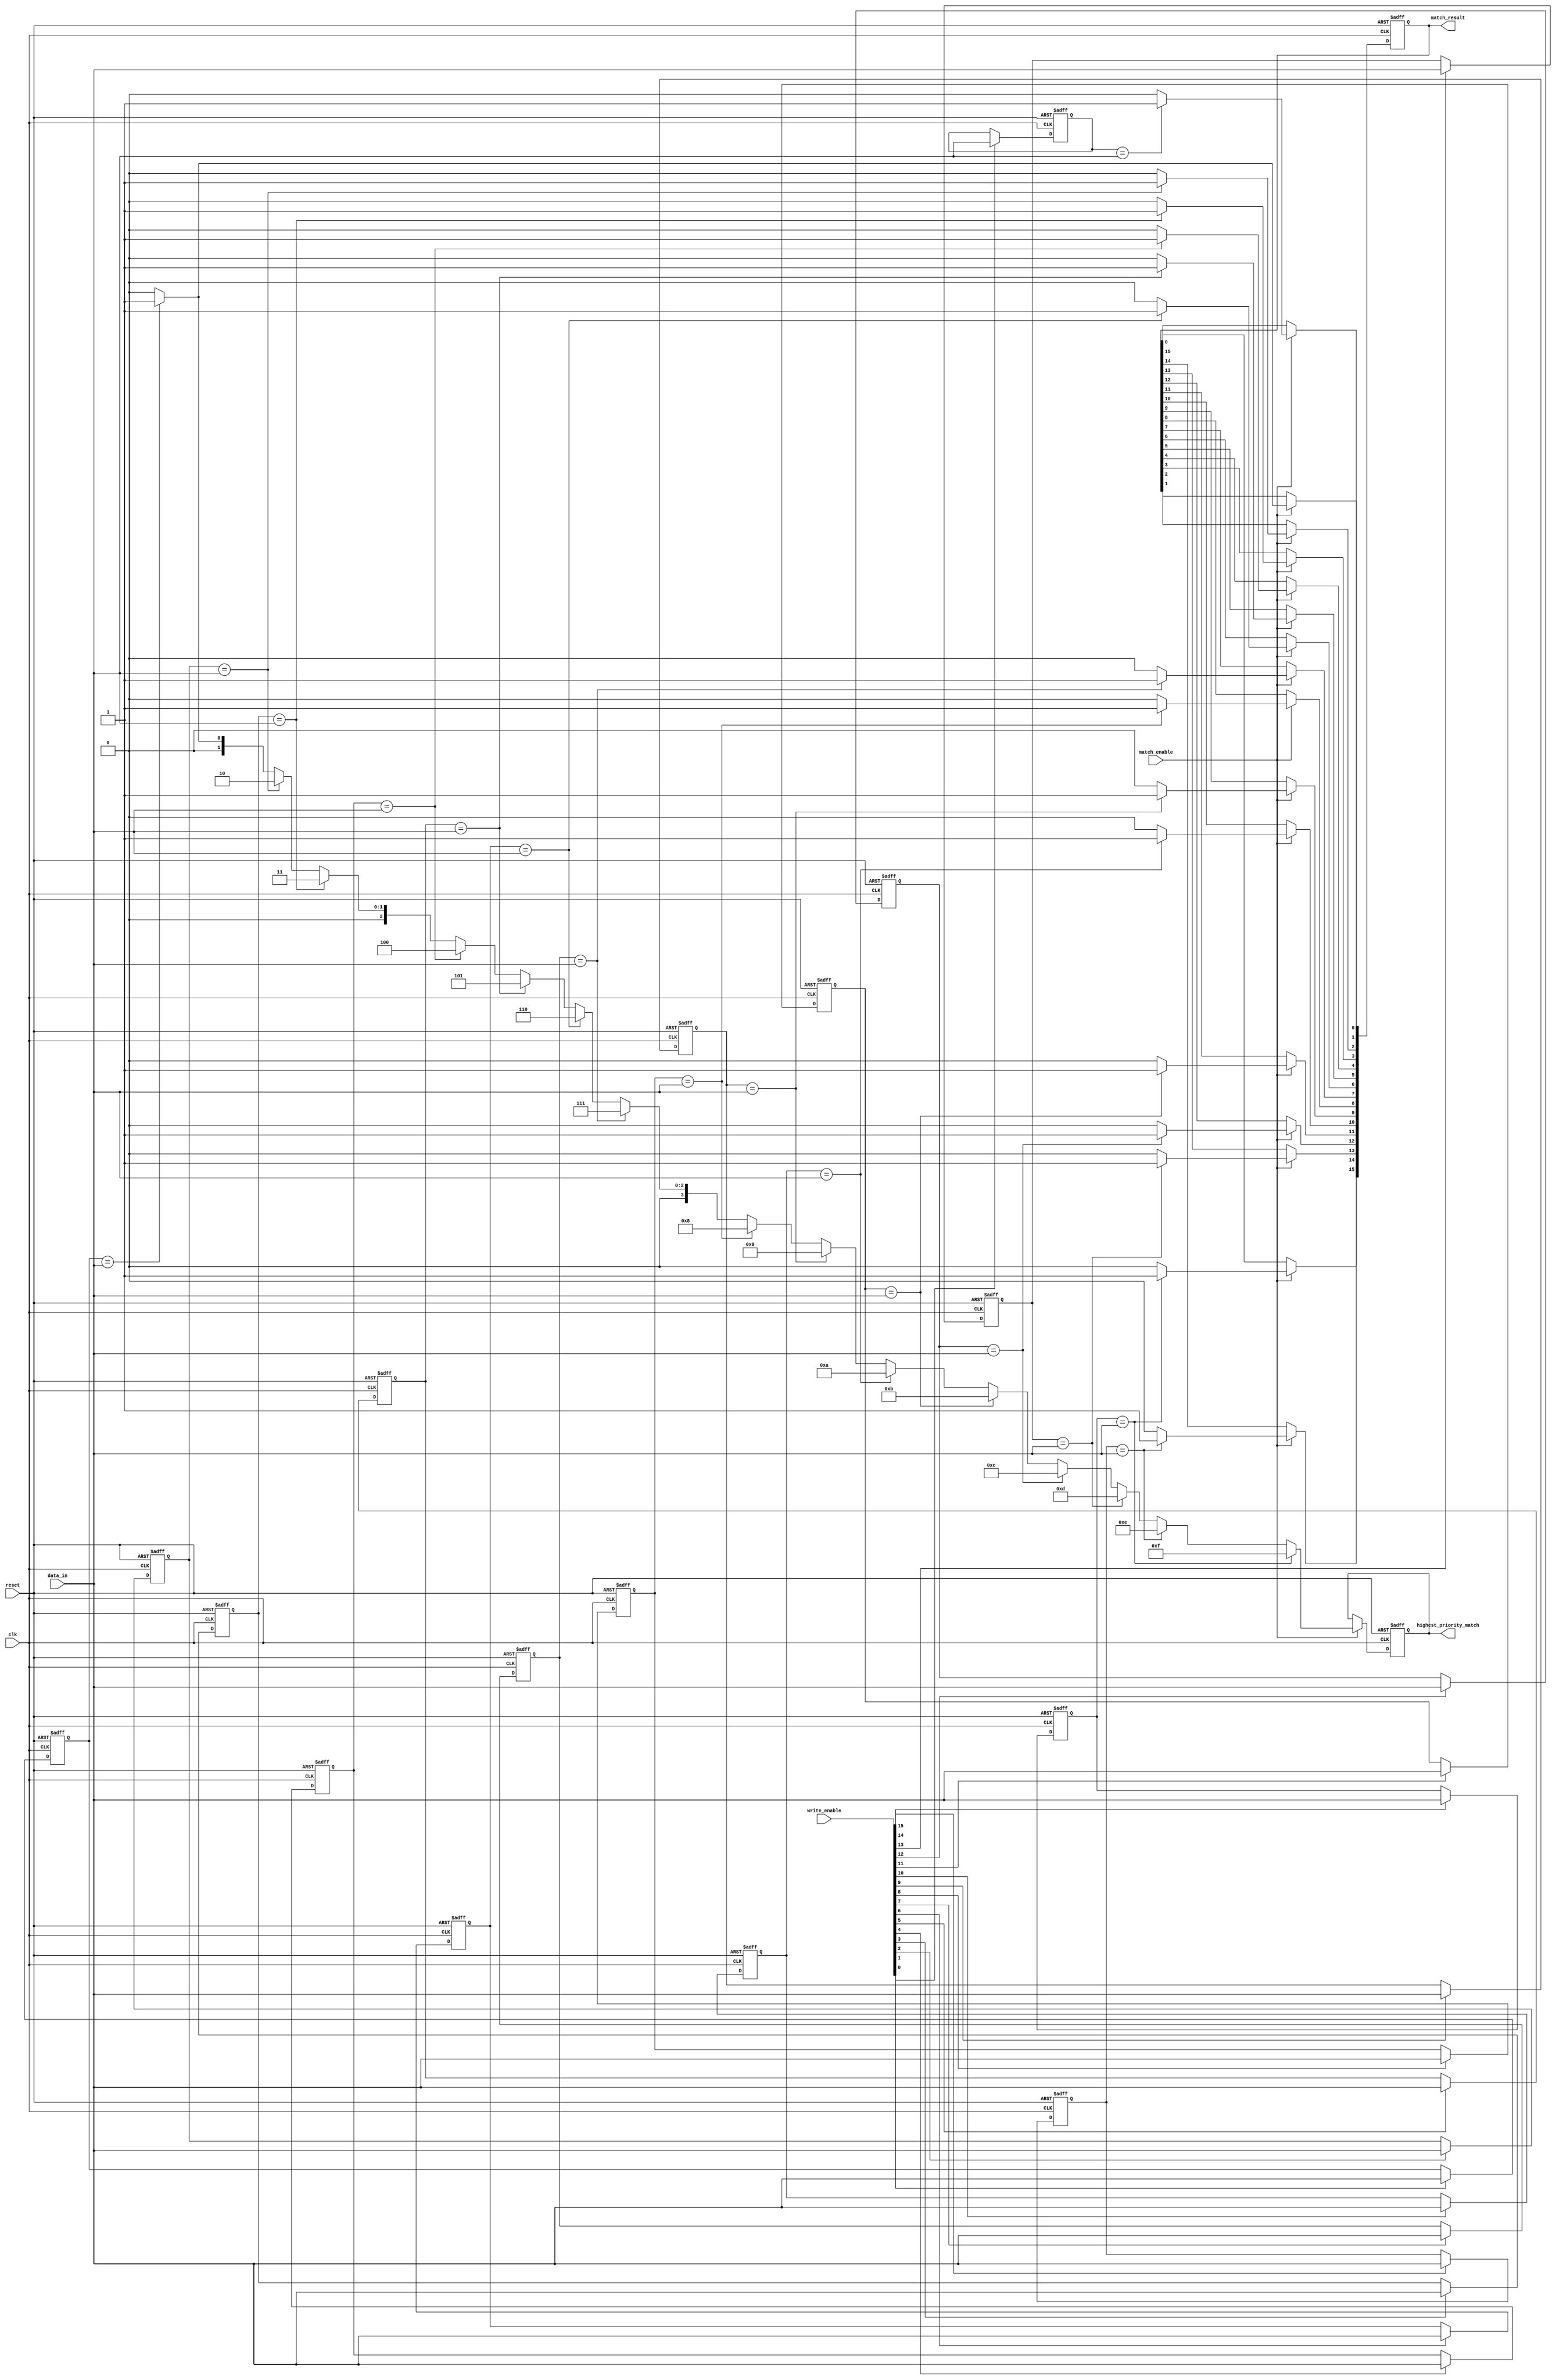
module Hybrid_CAM #(parameter ENTRY_WIDTH = 8, // Width of each entry
                    parameter NUM_ENTRIES = 16 // Number of entries
                   ) (
    input wire clk,
    input wire reset,
    input wire [ENTRY_WIDTH-1:0] data_in,
    input wire [NUM_ENTRIES-1:0] write_enable, // Write enables for each entry
    input wire match_enable, // Match enable signal
    output reg [NUM_ENTRIES-1:0] match_result, // Match result output
    output reg [$clog2(NUM_ENTRIES)-1:0] highest_priority_match // Highest priority match output
);

    // Storage array for CAM
    reg [ENTRY_WIDTH-1:0] storage [0:NUM_ENTRIES-1];

    // Priority encoder
    integer i;

    // Write operation
    always @(posedge clk or posedge reset) begin
        if (reset) begin
            for (i = 0; i < NUM_ENTRIES; i = i + 1) begin
                storage[i] <= {ENTRY_WIDTH{1'b0}}; // Clear storage on reset
            end
        end else begin
            for (i = 0; i < NUM_ENTRIES; i = i + 1) begin
                if (write_enable[i]) begin
                    storage[i] <= data_in; // Write data into the storage
                end
            end
        end
    end

    // Match operation
    always @(posedge clk or posedge reset) begin
        if (reset) begin
            match_result <= {NUM_ENTRIES{1'b0}}; // Clear match results
            highest_priority_match <= 0;
        end else if (match_enable) begin
            match_result <= {NUM_ENTRIES{1'b0}}; // Reset match results
            highest_priority_match <= 0;
            for (i = 0; i < NUM_ENTRIES; i = i + 1) begin
                if (storage[i] == data_in) begin
                    match_result[i] <= 1'b1; // Exact match found
                    highest_priority_match <= i; // Update highest priority match
                end
            end
        end
    end

endmodule